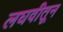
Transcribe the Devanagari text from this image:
लघवीतून